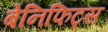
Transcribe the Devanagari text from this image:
बेनिफिट्स